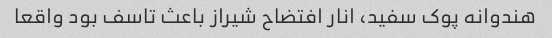
هندوانه پوک سفید، انار افتضاح شیراز باعث تاسف بود واقعا